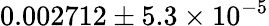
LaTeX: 0.002712\pm 5.3\times 10^{-5}